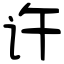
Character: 许